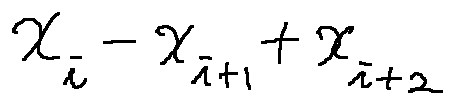
x _ { i } - x _ { i + 1 } + x _ { i + 2 }